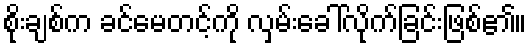
စိုးချစ်က ခင်မေတင့်ကို လှမ်းခေါ်လိုက်ခြင်းဖြစ်၏။